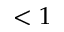
< 1